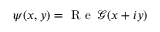
\psi ( x , y ) = \textrm { R e } \, \mathcal { G } ( x + i y )